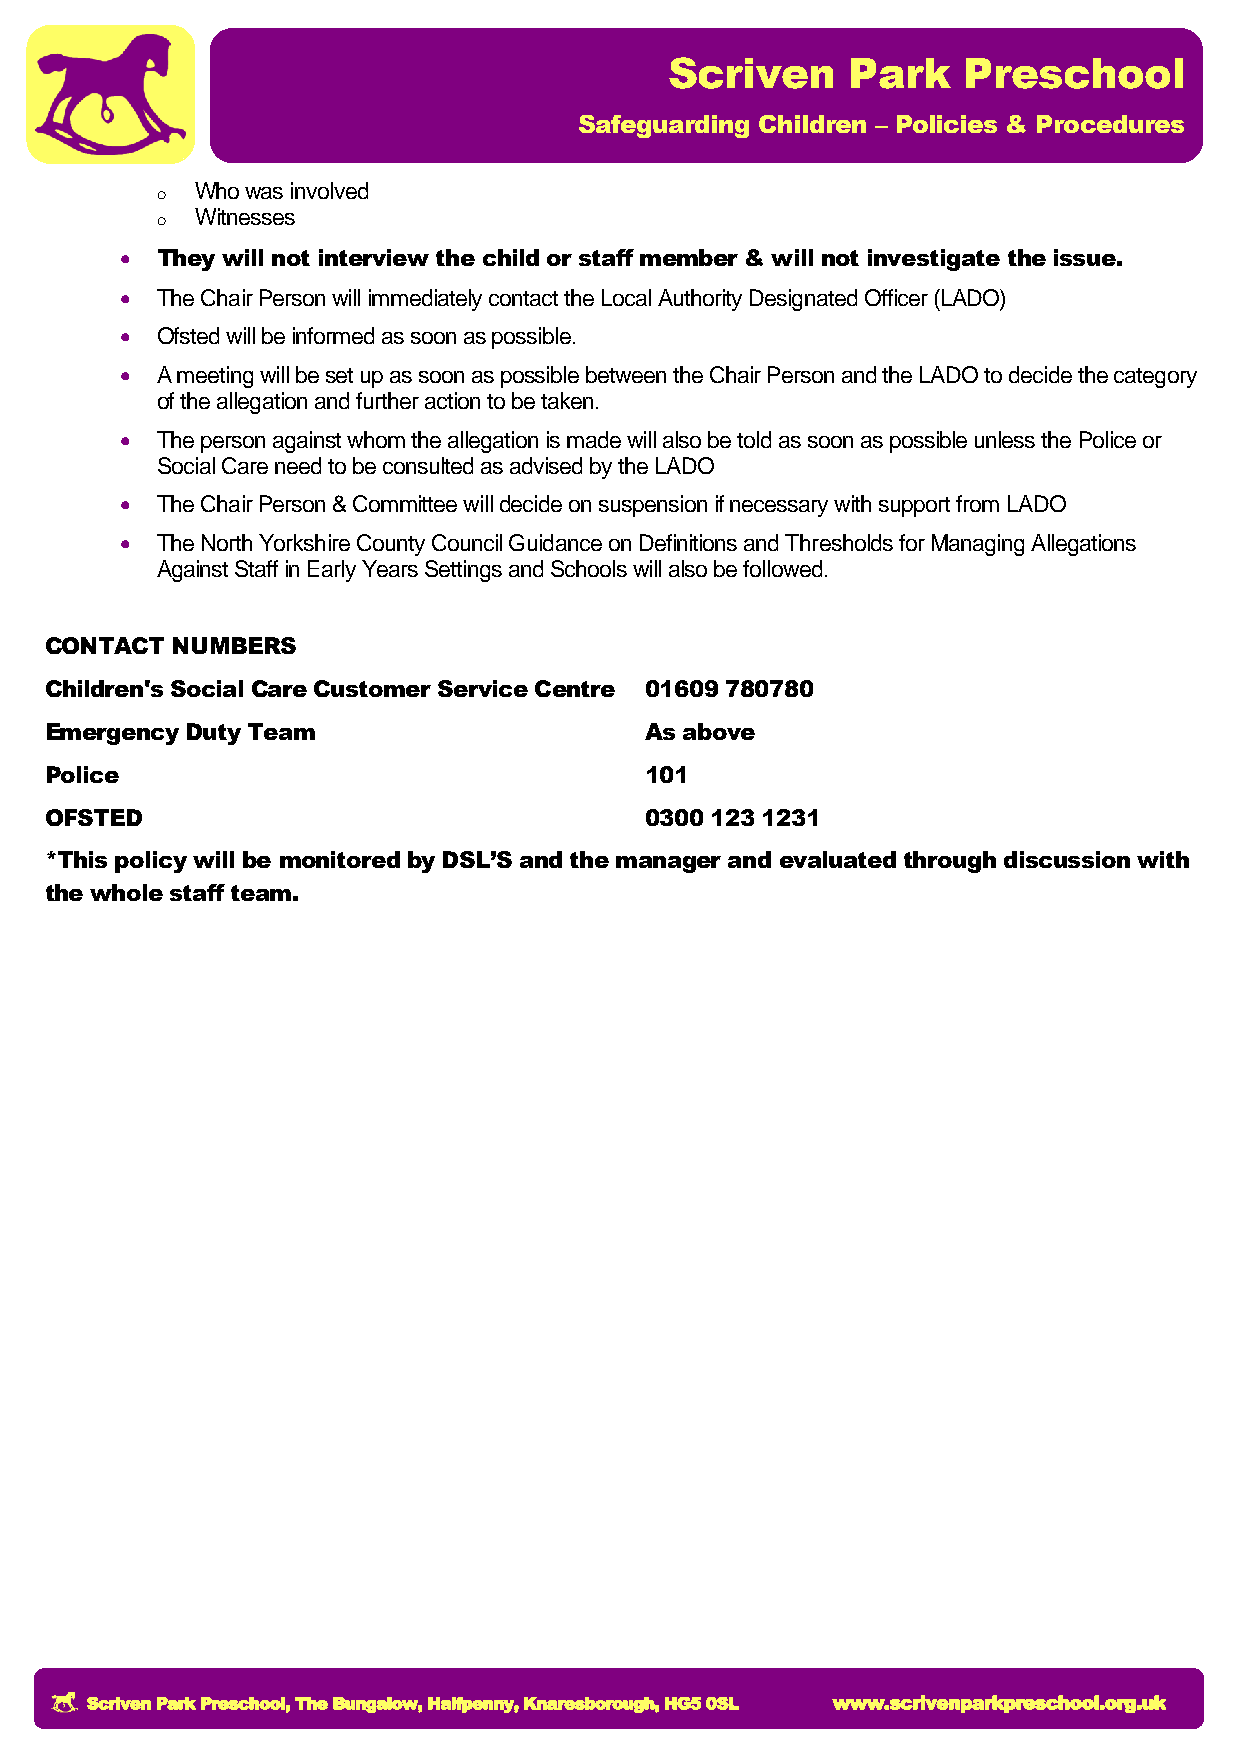
Scriven     Park    Preschool
 Safeguarding Children – Policies & Procedures
 o  Who was involved
 o  Witnesses
  They will not interview the child or staff member & will not investigate the issue.
  The Chair Person will immediately contact the Local Authority Designated Officer (LADO)
  Ofsted will be informed as soon as possible.
  A meeting will be set up as soon as possible between the Chair Person and the LADO to decide the category
 of the allegation and further action to be taken.
  The person against whom the allegation is made will also be told as soon as possible unless the Police or
 Social Care need to be consulted as advised by the LADO
  The Chair Person & Committee will decide on suspension if necessary with support from LADO
  The North Yorkshire County Council Guidance on Definitions and Thresholds for Managing Allegations
 Against Staff in Early Years Settings and Schools will also be followed.
 CONTACT NUMBERS
 Children's Social Care Customer Service Centre 01609 780780
 Emergency Duty Team                     As above
 Police                                  101
 OFSTED                                  0300 123 1231
 *This policy will be monitored by DSL’S and the manager and evaluated through discussion with
 the whole staff team.
 Scriven Park Preschool, The Bungalow, Halfpenny, Knaresborough, HG5 0SL www.scrivenparkpreschool.org.uk